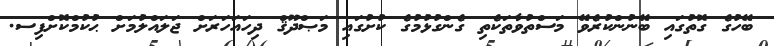
ބޭހުގެ ގޮތުގައި ބޭނުންކުރެވޭ މަސްތުވާތަކެތި ގެންގުޅުމުގެ ކުށުގައި މަޞްދޫޤް ދިހައަހަރަށް ޖަލައްލުމަށް ޙުކުމްކޮށްފިސ.